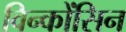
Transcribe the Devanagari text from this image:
विन्कोंसिन